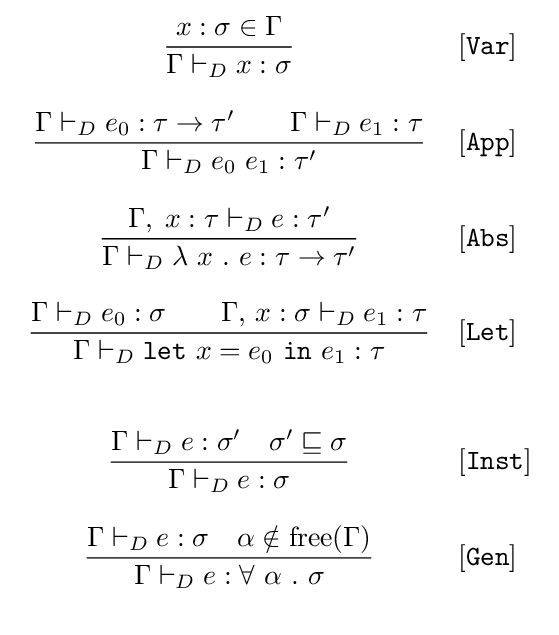
{\begin{array}{cl}\displaystyle {\frac {x:\sigma \in \Gamma }{\Gamma \vdash _{D}x:\sigma }}&[{\mathtt {Var}}]\\\\\displaystyle {\frac {\Gamma \vdash _{D}e_{0}:\tau \rightarrow \tau '\quad \quad \Gamma \vdash _{D}e_{1}:\tau }{\Gamma \vdash _{D}e_{0}\ e_{1}:\tau '}}&[{\mathtt {App}}]\\\\\displaystyle {\frac {\Gamma ,\;x:\tau \vdash _{D}e:\tau '}{\Gamma \vdash _{D}\lambda \ x\ .\ e:\tau \rightarrow \tau '}}&[{\mathtt {Abs}}]\\\\\displaystyle {\frac {\Gamma \vdash _{D}e_{0}:\sigma \quad \quad \Gamma ,\,x:\sigma \vdash _{D}e_{1}:\tau }{\Gamma \vdash _{D}{\mathtt {let}}\ x=e_{0}\ {\mathtt {in}}\ e_{1}:\tau }}&[{\mathtt {Let}}]\\\\\\\displaystyle {\frac {\Gamma \vdash _{D}e:\sigma '\quad \sigma '\sqsubseteq \sigma }{\Gamma \vdash _{D}e:\sigma }}&[{\mathtt {Inst}}]\\\\\displaystyle {\frac {\Gamma \vdash _{D}e:\sigma \quad \alpha \notin {\text{free}}(\Gamma )}{\Gamma \vdash _{D}e:\forall \ \alpha \ .\ \sigma }}&[{\mathtt {Gen}}]\\\\\end{array}}